Vaccination Hyderabad 1890-1903 - 1890-1903
Year: 1890
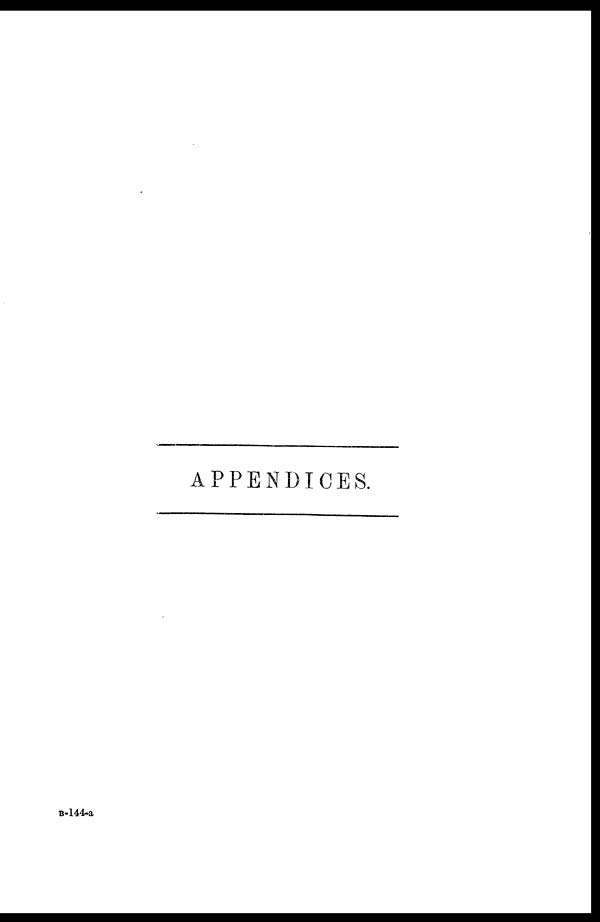
APPENDICES.
B-144-a